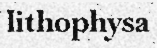
lithophysa